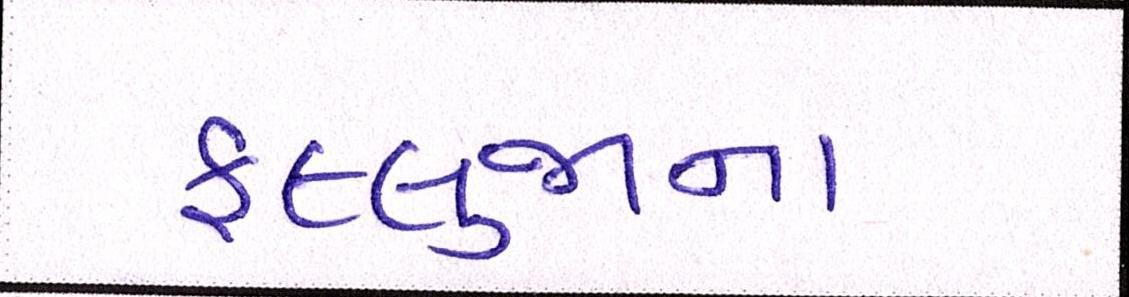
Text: ફલ્લુજાના